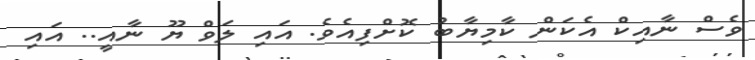
ވެސް ނާއިކް އެކަން ކާމިޔާބު ކޮށްފިއެވެ. އައި ލަވް ޔޫ ނާއީ.. އައި